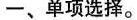
一、单项选择。